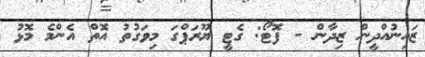
ޒައިނުއްދީން ޒިދާން - ފޮޓޯ: ގެޓީ ޔޫރަޕްގަ މިވަގުތު އޮތް އެންމެ މޮޅު